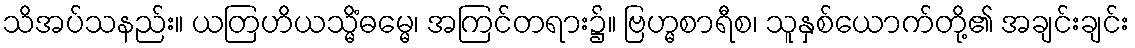
သိအပ်သနည်း။ ယတြဟိယသ္မိံဓမ္မေ၊ အကြင်တရား၌။ ဗြဟ္မစာရီစ၊ သူနှစ်ယောက်တို့၏ အချင်းချင်း